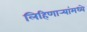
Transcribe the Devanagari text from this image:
लिहिणार्‍यांमध्ये